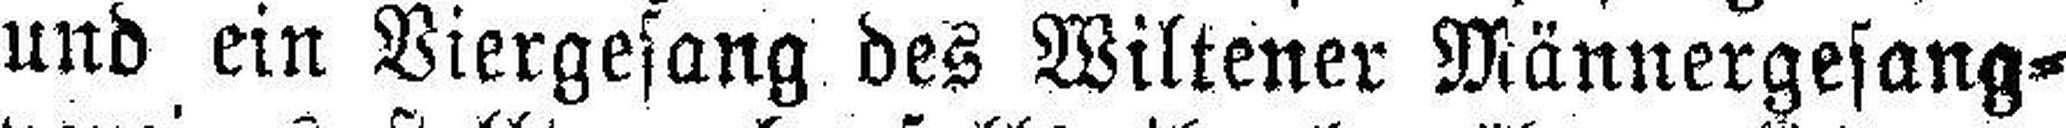
und ein Viergesang des Wiltener Männergesang¬